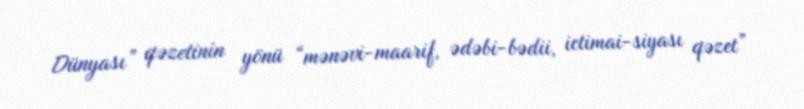
Dünyası” qəzetinin yönü “mənəvi-maarif, ədəbi-bədii, ictimai-siyası qəzet”